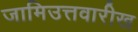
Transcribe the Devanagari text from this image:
जामिउत्तवारीख